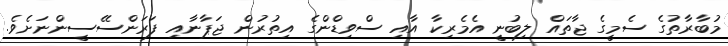
މުބާރާތުގެ ސެމީގެ ޖާތައް ލިބުނީ އެމެރިކާ އާއި ސްވިޑްންގެ އިތުރުން ޖަޕާނާއި ފަރަންސޭސީންނަށެވެ.